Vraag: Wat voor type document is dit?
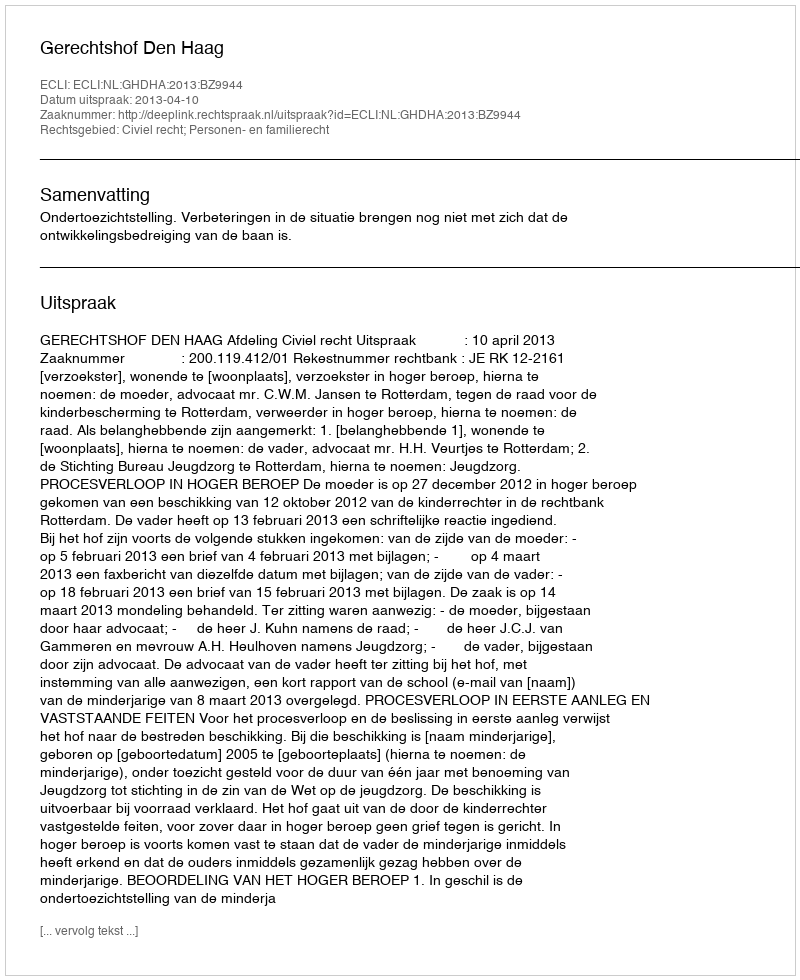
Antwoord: Uitspraak